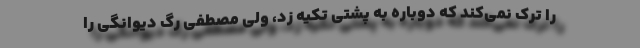
را ترک نمی‌کند که دوباره به پشتی تکیه زد، ولی مصطفی رگ دیوانگی را